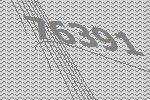
76391